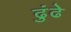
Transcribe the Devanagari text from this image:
ढुंढे